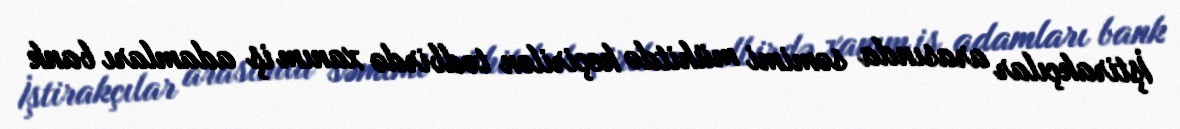
İştirakçılar arasında səmimi mühitdə keçirilən tədbirdə xanım iş adamları bank